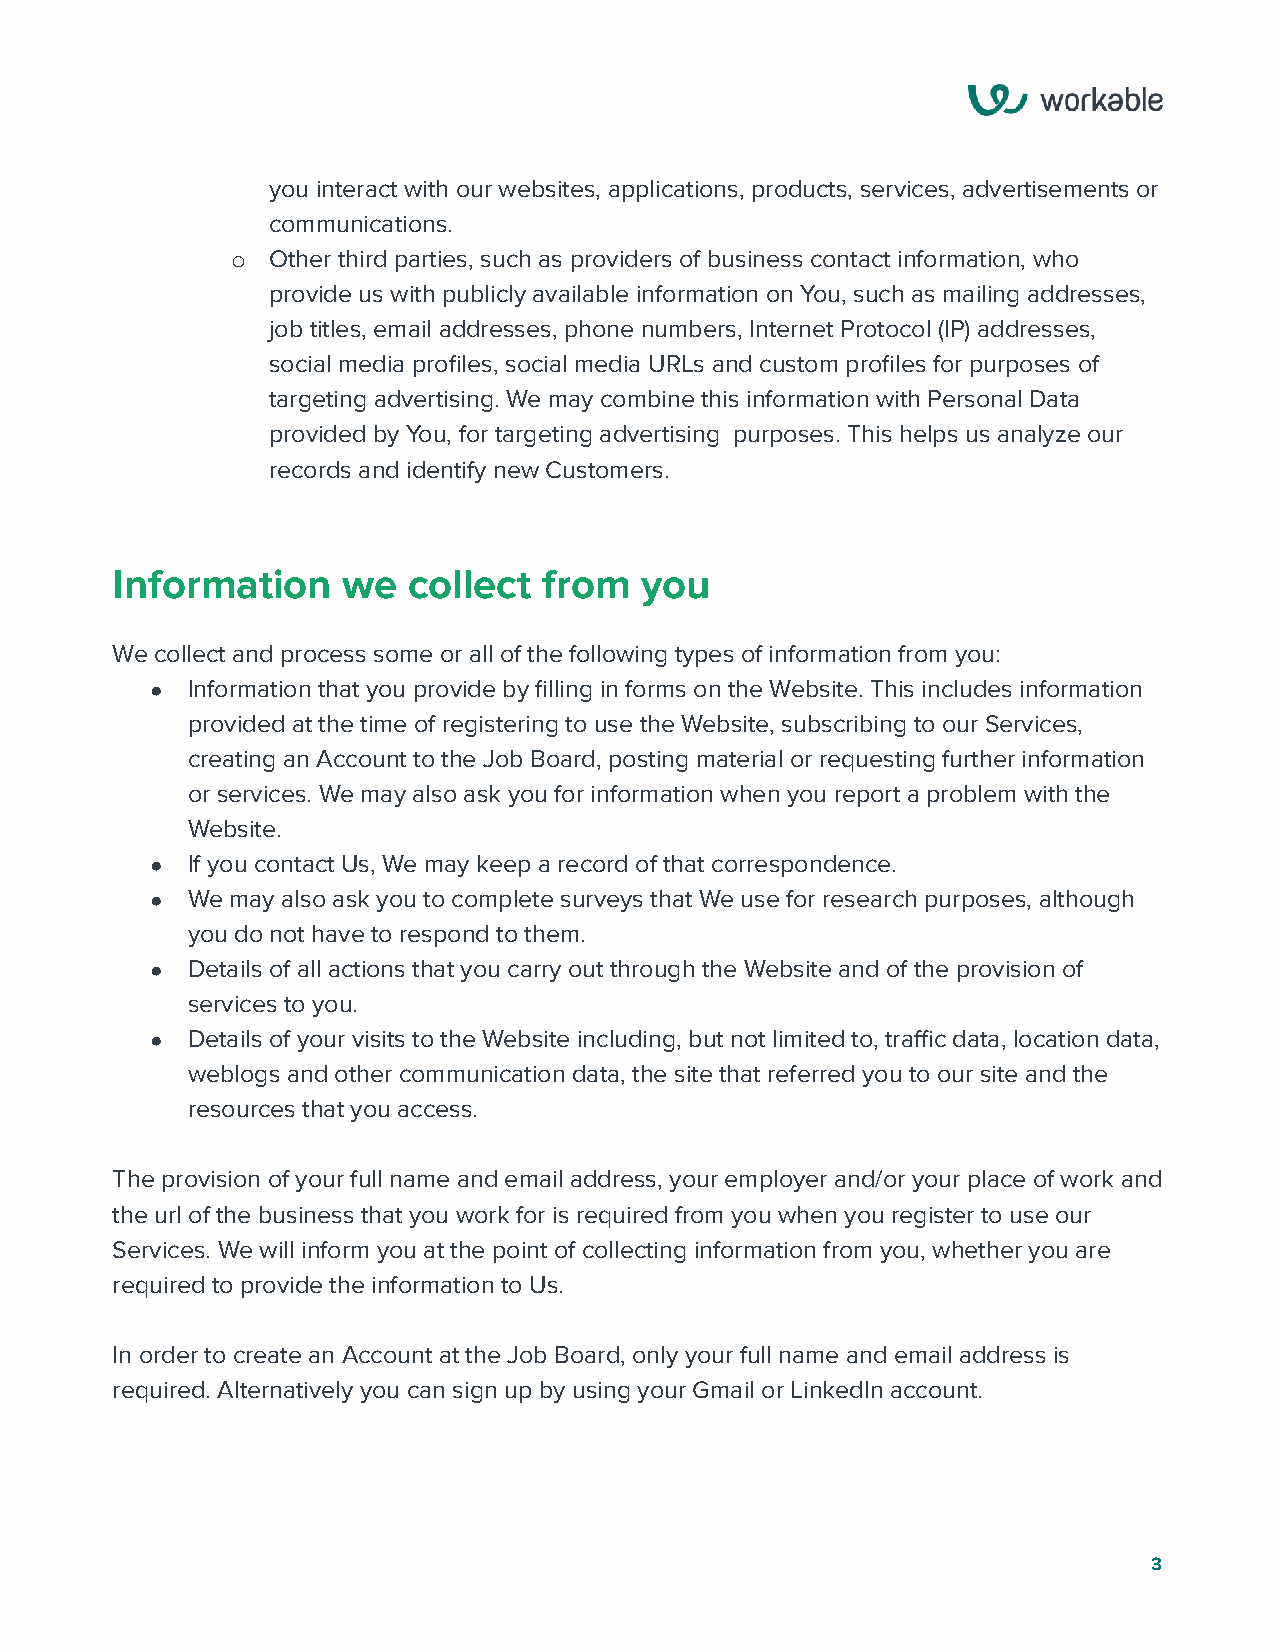
you interact with our websites, applications, products, services, advertisements or
 communications.
 o  Other third parties, such as providers of business contact information, who
 provide us with publicly available information on You, such as mailing addresses,
 job titles, email addresses, phone numbers, Internet Protocol (IP) addresses,
 social media profiles, social media URLs and custom profiles for purposes of
 targeting advertising. We may combine this information with Personal Data
 provided by You, for targeting advertising purposes. This helps us analyze our
 records and identify new Customers.
 Information     we  collect  from  you
 We collect and process some or all of the following types of information from you:
 ● Information that you provide by filling in forms on the Website. This includes information
 provided at the time of registering to use the Website, subscribing to our Services,
 creating an Account to the Job Board, posting material or requesting further information
 or services. We may also ask you for information when you report a problem with the
 Website.
 ● If you contact Us, We may keep a record of that correspondence.
 ● We may also ask you to complete surveys that We use for research purposes, although
 you do not have to respond to them.
 ● Details of all actions that you carry out through the Website and of the provision of
 services to you.
 ● Details of your visits to the Website including, but not limited to, traffic data, location data,
 weblogs and other communication data, the site that referred you to our site and the
 resources that you access.
 The provision of your full name and email address, your employer and/or your place of work and
 the url of the business that you work for is required from you when you register to use our
 Services. We will inform you at the point of collecting information from you, whether you are
 required to provide the information to Us.
 In order to create an Account at the Job Board, only your full name and email address is
 required. Alternatively you can sign up by using your Gmail or LinkedIn account.
 3